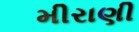
મીરાણી